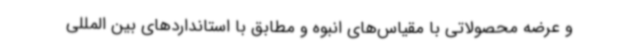
و عرضه محصولاتی با مقیاس‌های انبوه و مطابق با استانداردهای بین المللی